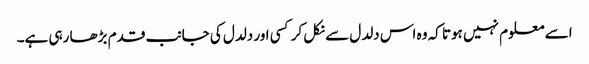
اسے معلوم نہیں ہوتا کہ وہ اس دلدل سے نکل کر کسی اور دلدل کی جانب قدم بڑھا رہی ہے۔